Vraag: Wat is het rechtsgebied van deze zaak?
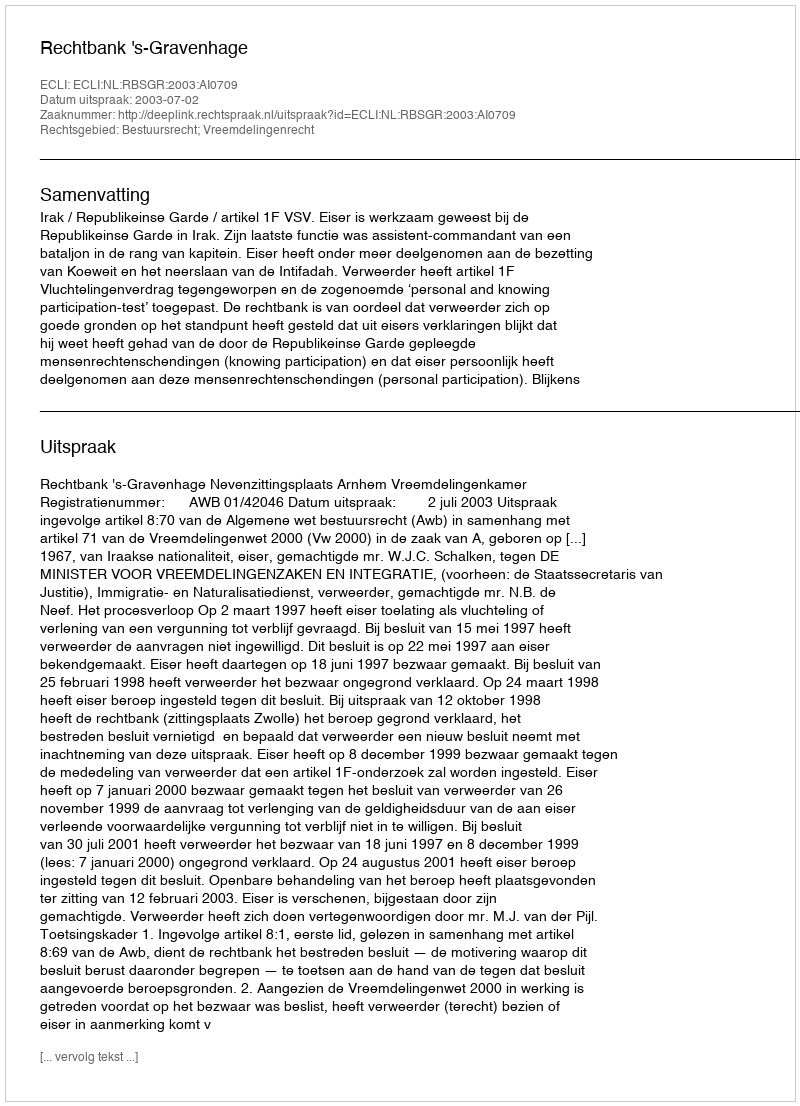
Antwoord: Bestuursrecht; Vreemdelingenrecht